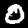
Label: 0